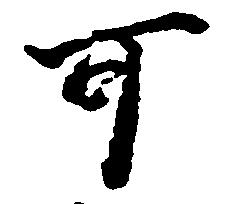
可